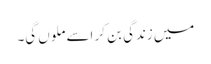
میں زندگی بن کر اسے ملوں گی۔